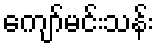
ကျော်မင်းသန်း